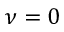
\nu = 0